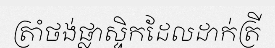
ត្រាំថង់ផ្លាស្ទិកដែលដាក់ត្រី